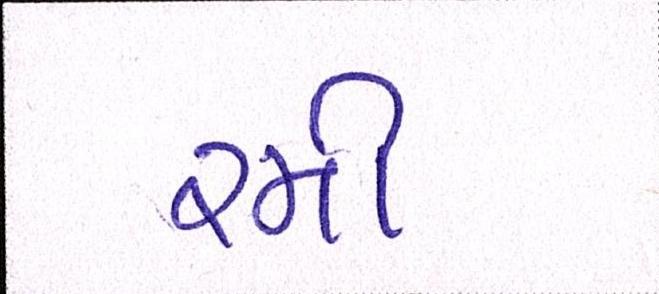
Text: રમી